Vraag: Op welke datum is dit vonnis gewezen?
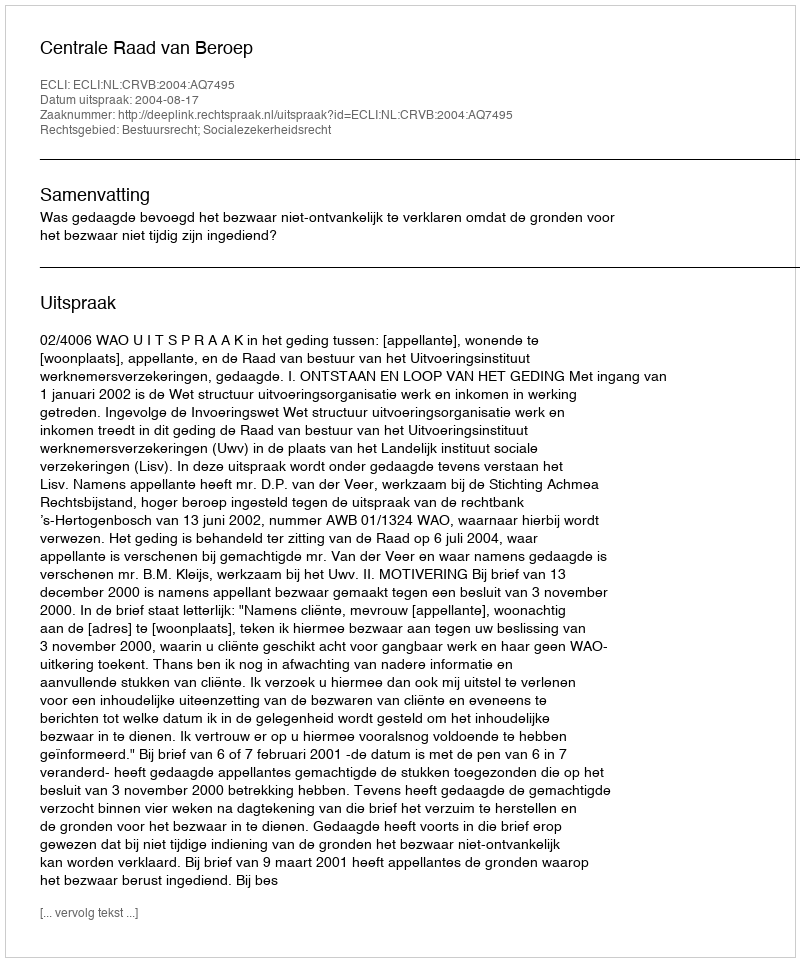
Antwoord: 2004-08-17